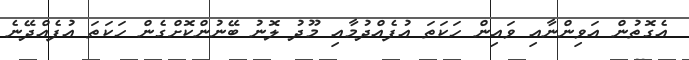
އެގޮތުން އަވިންނާއި ވައިން ހަކަތަ އުފެއްދުމާއި މޫދު ލޮނު ބޭނުންކޮށްގެން ހަކަތަ އުފެއްދޭނެ